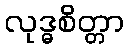
လုဒ္ဓစိတ္တာ